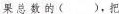
果总数的()，把